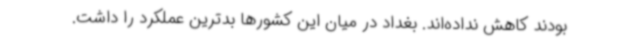
بودند کاهش نداده‌اند. بغداد در میان این کشورها بدترین عملکرد را داشت.